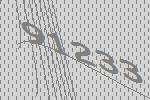
91233